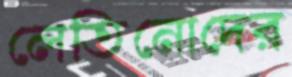
লেতিনোদের